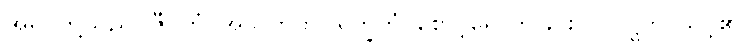
အရှင်တို့သည်။ ဇီဝိတံ၊ အသက်ကို။ ရက္ခိတုံ၊ စောင့်ရှောက်ခြင်းငှါ။ ဝဋ္ဋတိ၊ သင့်၏။